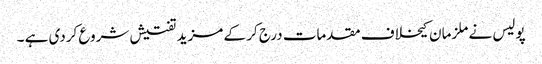
پولیس نے ملزمان کیخلاف مقدمات درج کر کے مزید تفتیش شروع کردی ہے ۔